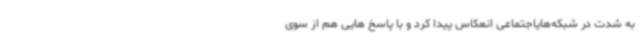
به شدت در شبکه‌هایاجتماعی انعکاس پیدا کرد و با پاسخ هایی هم از سوی